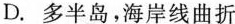
D. 多半岛，海岸线曲折